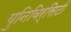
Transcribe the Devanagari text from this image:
युनिविर्सिटी